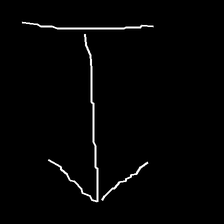
Glyph: levitation